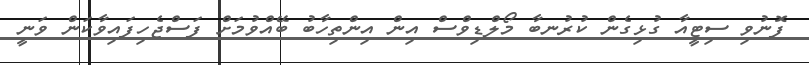
ފޮނުވި ސިޓީއާ ގުޅިގެން ކުރުނބާ މޯލްޑިވްސް އިން އިންތިހާބު ބޭއްވުމަށް ފަސްޖެހިފައިވާކަން ވަނީ